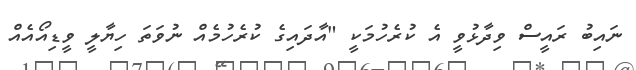
ނައިބު ރައީސް ވިދާޅުވީ އެ ކުރެހުމަކީ "އާދައިގެ ކުރެހުމެއް ނުވަތަ ހިޔާލީ ވީޑިއޯއެއް